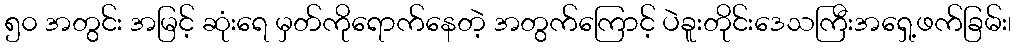
၅၀ အတွင်း အမြင့် ဆုံးရေ မှတ်ကိုရောက်နေတဲ့ အတွက်ကြောင့် ပဲခူးတိုင်းဒေသကြီးအရှေ့ဖက်ခြမ်း၊